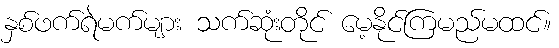
နှစ်ဖက်ရဲမက်များ သက်ဆုံးတိုင် မေ့နိုင်ကြမည်မထင်။